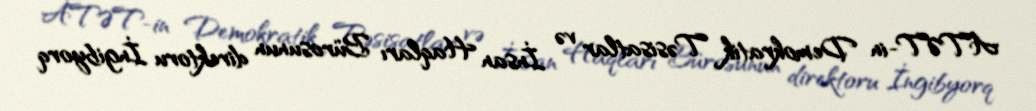
ATƏT-in Demokratik Təsisatlar və İnsan Haqları Bürosunun direktoru İngibyorq